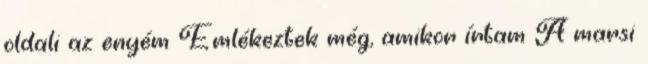
oldali az enyém Emlékeztek még, amikor írtam A marsi